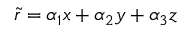
{ \tilde { r } } = \alpha _ { 1 } x + \alpha _ { 2 } y + \alpha _ { 3 } z